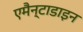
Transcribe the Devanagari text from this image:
एमैन्टाडाइन